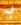
به